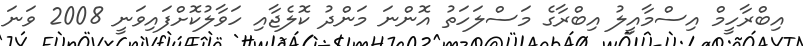
އިބްރާހީމް އިސްމާއީލު އިބްރާގެ މަސްލަހަތު އޮންނަ މަންދު ކޮލެޖާއި ހަވާލުކޮށްފައިވަނީ 2008 ވަނަ